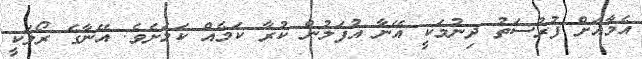
އެމާއަށް ފުރުސަތު ދިނުމަކީ އޭނާ އުފަލުން ކުރާ ކަމެއް ކަމަށެވެ. އޭނާގެ ރޯލަކީ